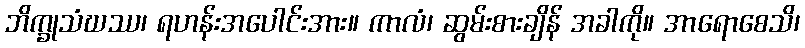
ဘိက္ခုသံဃဿ၊ ရဟန်းအပေါင်းအား။ ကာလံ၊ ဆွမ်းစားချိန် အခါကို။ အာရောစေသိ၊